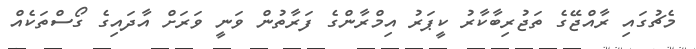
މެޗުގައި ރާއްޖޭގެ ތަޖުރިބާކާރު ކީޕަރު އިމްރާންގެ ފަރާތުން ވަނީ ވަރަށް އާދައިގެ ގޯސްތަކެއް